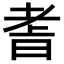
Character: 𮋝